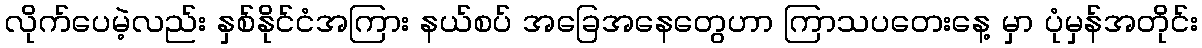
လိုက်ပေမဲ့လည်း နှစ်နိုင်ငံအကြား နယ်စပ် အခြေအနေတွေဟာ ကြာသပတေးနေ့ မှာ ပုံမှန်အတိုင်း